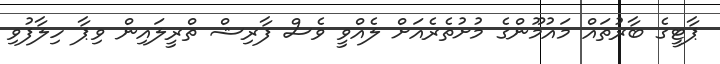
ޕާޓީގެ ބާރުތައް މައުމޫންގެ މުށުތެރެއަށް ލެއްވީ ވެސް ފާރިޝް ތްރީލައިން ވިޕާ ހިލާފުވި